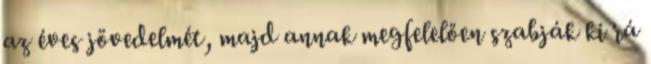
az éves jövedelmét, majd annak megfelelően szabják ki rá